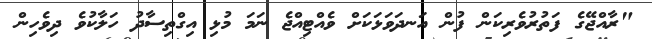
"ރާއްޖޭގެ ފަތުރުވެރިކަން ފުން އަނދަވަޅަކަށް ވެއްޓިއްޖެ ނަމަ މުޅި އިގްތިސާދު ހަލާކުވެ ދިވެހިން